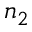
n _ { 2 }